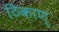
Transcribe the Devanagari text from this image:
ठिकाण्